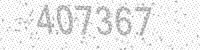
Solution: 407367